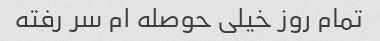
تمام روز خیلی حوصله ام سر رفته